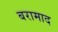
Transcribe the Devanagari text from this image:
बरामाद